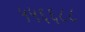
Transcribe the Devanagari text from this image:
५५६६८८